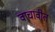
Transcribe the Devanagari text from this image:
वाचावीत